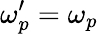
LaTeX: \omega_{p}^{\prime}=\omega_{p}